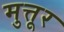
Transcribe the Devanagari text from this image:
मुत्तूर